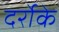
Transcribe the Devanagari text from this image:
दर्रोके